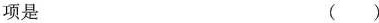
项是 ( )